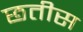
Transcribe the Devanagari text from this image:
छतीस